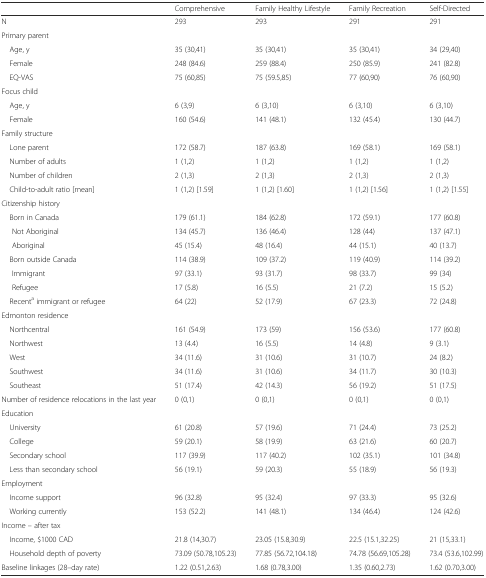
<table><thead><tr><td></td><td><b>Comprehensive</b></td><td><b>Family Healthy Lifestyle</b></td><td><b>Family Recreation</b></td><td><b>Self-Directed</b></td></tr></thead><tbody><tr><td>N</td><td>293</td><td>293</td><td>291</td><td>291</td></tr><tr><td colspan="5">Primary parent</td></tr><tr><td> Age, y</td><td>35 (30,41)</td><td>35 (30,41)</td><td>35 (30,41)</td><td>34 (29,40)</td></tr><tr><td> Female</td><td>248 (84.6)</td><td>259 (88.4)</td><td>250 (85.9)</td><td>241 (82.8)</td></tr><tr><td> EQ-VAS</td><td>75 (60,85)</td><td>75 (59.5,85)</td><td>77 (60,90)</td><td>76 (60,90)</td></tr><tr><td colspan="5">Focus child</td></tr><tr><td> Age, y</td><td>6 (3,9)</td><td>6 (3,10)</td><td>6 (3,10)</td><td>6 (3,10)</td></tr><tr><td> Female</td><td>160 (54.6)</td><td>141 (48.1)</td><td>132 (45.4)</td><td>130 (44.7)</td></tr><tr><td colspan="5">Family structure</td></tr><tr><td> Lone parent</td><td>172 (58.7)</td><td>187 (63.8)</td><td>169 (58.1)</td><td>169 (58.1)</td></tr><tr><td> Number of adults</td><td>1 (1,2)</td><td>1 (1,2)</td><td>1 (1,2)</td><td>1 (1,2)</td></tr><tr><td> Number of children</td><td>2 (1,3)</td><td>2 (1,3)</td><td>2 (1,3)</td><td>2 (1,3)</td></tr><tr><td> Child-to-adult ratio [mean]</td><td>1 (1,2) [1.59]</td><td>1 (1,2) [1.60]</td><td>1 (1,2) [1.56]</td><td>1 (1,2) [1.55]</td></tr><tr><td colspan="5">Citizenship history</td></tr><tr><td> Born in Canada</td><td>179 (61.1)</td><td>184 (62.8)</td><td>172 (59.1)</td><td>177 (60.8)</td></tr><tr><td>Not Aboriginal</td><td>134 (45.7)</td><td>136 (46.4)</td><td>128 (44)</td><td>137 (47.1)</td></tr><tr><td>Aboriginal</td><td>45 (15.4)</td><td>48 (16.4)</td><td>44 (15.1)</td><td>40 (13.7)</td></tr><tr><td> Born outside Canada</td><td>114 (38.9)</td><td>109 (37.2)</td><td>119 (40.9)</td><td>114 (39.2)</td></tr><tr><td>Immigrant</td><td>97 (33.1)</td><td>93 (31.7)</td><td>98 (33.7)</td><td>99 (34)</td></tr><tr><td>Refugee</td><td>17 (5.8)</td><td>16 (5.5)</td><td>21 (7.2)</td><td>15 (5.2)</td></tr><tr><td> Recent<sup>a</sup> immigrant or refugee</td><td>64 (22)</td><td>52 (17.9)</td><td>67 (23.3)</td><td>72 (24.8)</td></tr><tr><td colspan="5">Edmonton residence</td></tr><tr><td> Northcentral</td><td>161 (54.9)</td><td>173 (59)</td><td>156 (53.6)</td><td>177 (60.8)</td></tr><tr><td> Northwest</td><td>13 (4.4)</td><td>16 (5.5)</td><td>14 (4.8)</td><td>9 (3.1)</td></tr><tr><td> West</td><td>34 (11.6)</td><td>31 (10.6)</td><td>31 (10.7)</td><td>24 (8.2)</td></tr><tr><td> Southwest</td><td>34 (11.6)</td><td>31 (10.6)</td><td>34 (11.7)</td><td>30 (10.3)</td></tr><tr><td> Southeast</td><td>51 (17.4)</td><td>42 (14.3)</td><td>56 (19.2)</td><td>51 (17.5)</td></tr><tr><td>Number of residence relocations in the last year</td><td>0 (0,1)</td><td>0 (0,1)</td><td>0 (0,1)</td><td>0 (0,1)</td></tr><tr><td colspan="5">Education</td></tr><tr><td> University</td><td>61 (20.8)</td><td>57 (19.6)</td><td>71 (24.4)</td><td>73 (25.2)</td></tr><tr><td> College</td><td>59 (20.1)</td><td>58 (19.9)</td><td>63 (21.6)</td><td>60 (20.7)</td></tr><tr><td> Secondary school</td><td>117 (39.9)</td><td>117 (40.2)</td><td>102 (35.1)</td><td>101 (34.8)</td></tr><tr><td> Less than secondary school</td><td>56 (19.1)</td><td>59 (20.3)</td><td>55 (18.9)</td><td>56 (19.3)</td></tr><tr><td colspan="5">Employment</td></tr><tr><td> Income support</td><td>96 (32.8)</td><td>95 (32.4)</td><td>97 (33.3)</td><td>95 (32.6)</td></tr><tr><td> Working currently</td><td>153 (52.2)</td><td>141 (48.1)</td><td>134 (46.4)</td><td>124 (42.6)</td></tr><tr><td colspan="5">Income – after tax</td></tr><tr><td> Income, $1000 CAD</td><td>21.8 (14,30.7)</td><td>23.05 (15.8,30.9)</td><td>22.5 (15.1,32.25)</td><td>21 (15,33.1)</td></tr><tr><td> Household depth of poverty</td><td>73.09 (50.78,105.23)</td><td>77.85 (56.72,104.18)</td><td>74.78 (56.69,105.28)</td><td>73.4 (53.6,102.99)</td></tr><tr><td>Baseline linkages (28–day rate)</td><td>1.22 (0.51,2.63)</td><td>1.68 (0.78,3.00)</td><td>1.35 (0.60,2.73)</td><td>1.62 (0.70,3.00)</td></tr></tbody></table>